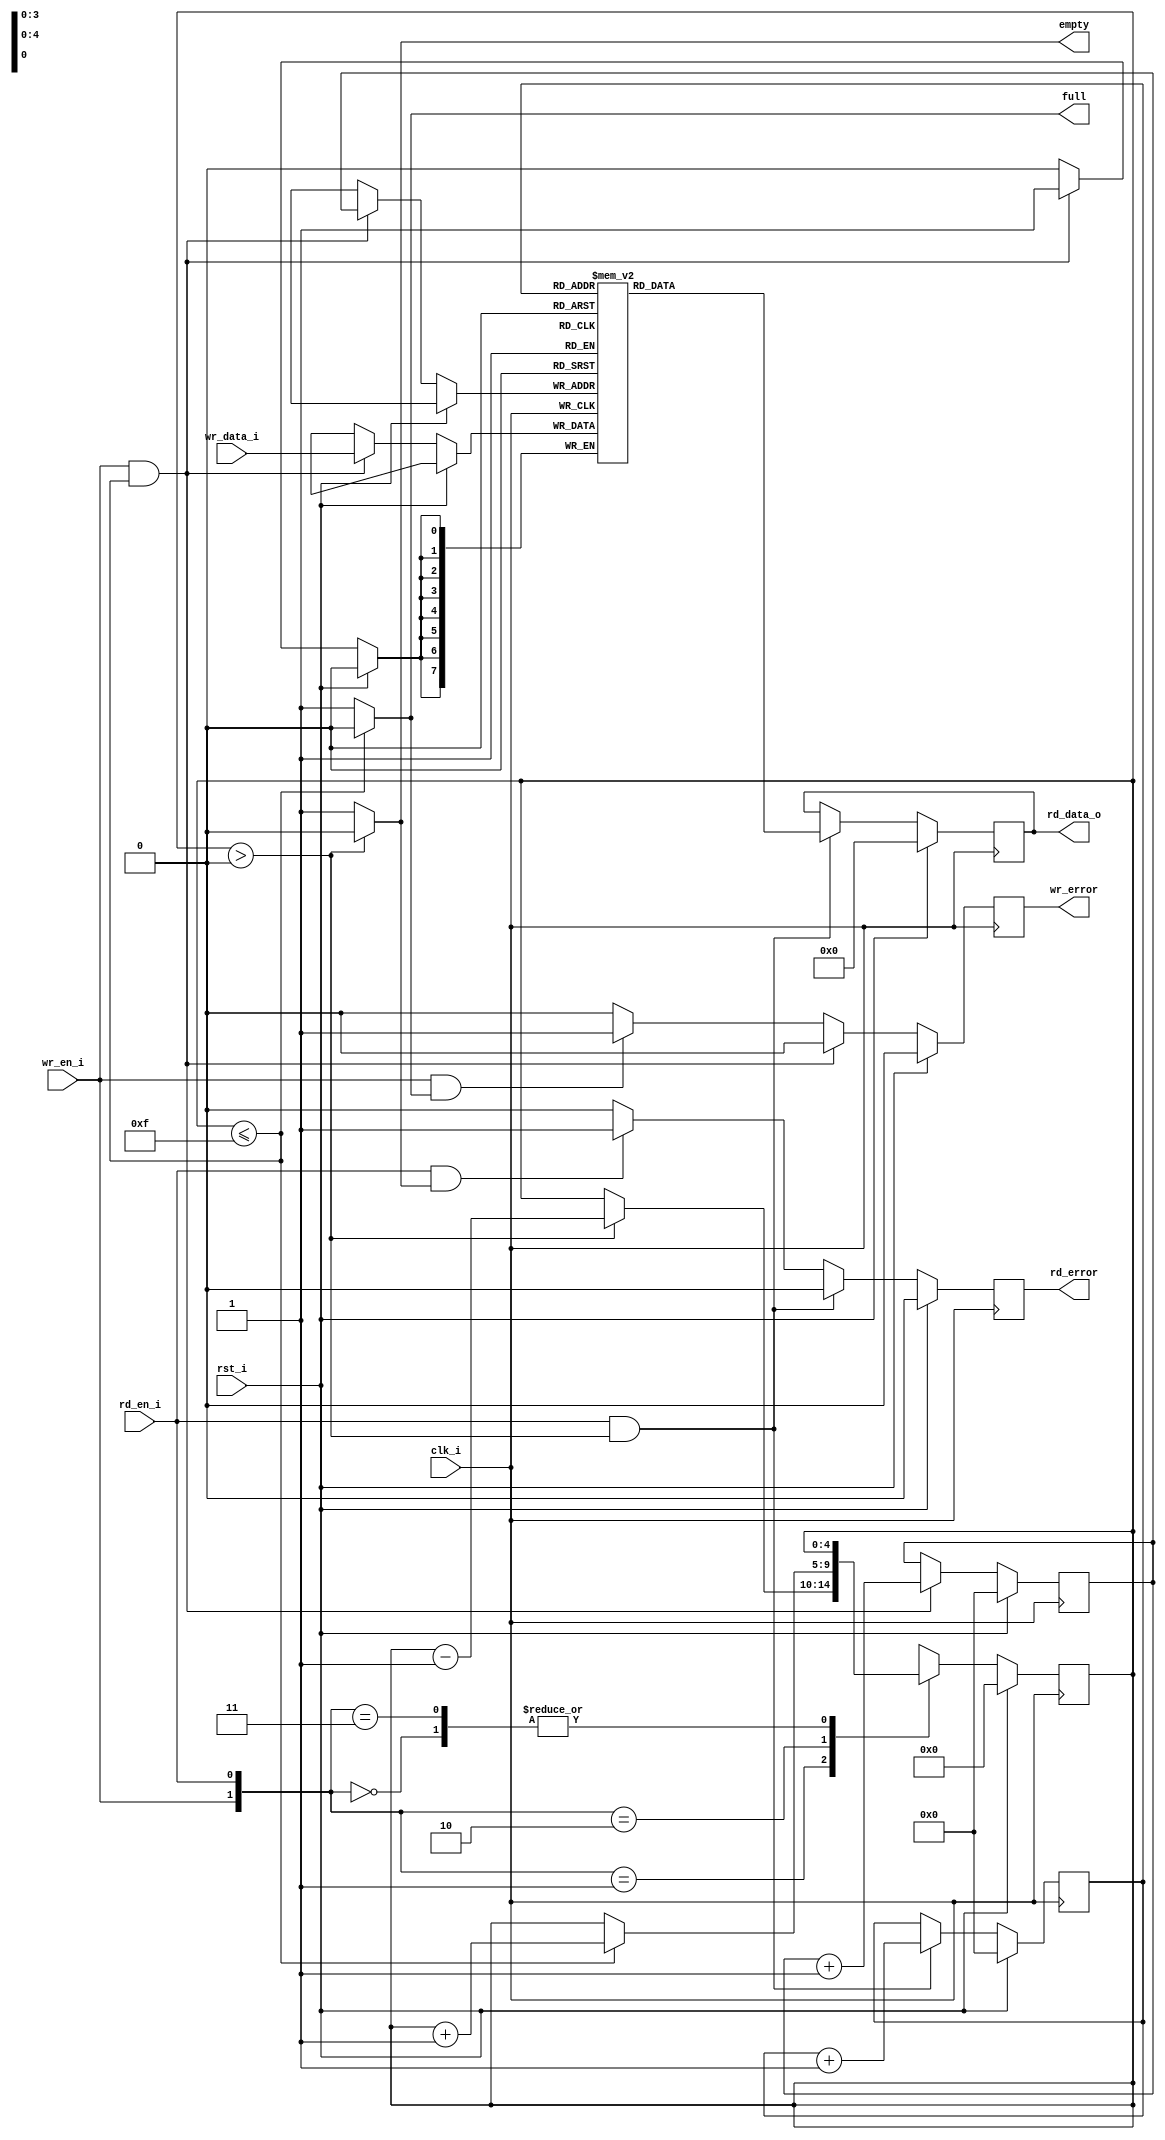
module sync_fifo
    #(
        parameter WIDTH = 8,
        parameter DEPTH = 16,
        parameter PTR_WIDTH = 4
    )
    (
        input wire clk_i,
        input wire rst_i,

        input wire wr_en_i,
        input wire [WIDTH-1:0] wr_data_i,

        input wire rd_en_i,
        output reg [WIDTH-1:0] rd_data_o,

        output reg full,
        output reg empty,
        output reg wr_error,
        output reg rd_error
    
    );

    reg [PTR_WIDTH-1:0] wr_ptr;
    reg [PTR_WIDTH-1:0] rd_ptr;
    reg [PTR_WIDTH:0] counter;

    //reg wr_rollover;
    //reg rd_rollover;

    reg [WIDTH-1:0] mem [DEPTH-1:0];

    assign full = (counter <= DEPTH-1) ? 0 : 1;
    assign empty = (counter > 0) ? 0 : 1;

    //write
    always @ (posedge clk_i) begin
        if(rst_i == 1) begin
            wr_ptr <= 0;
            wr_error <= 0;
        end

        else begin
            
            if(wr_en_i == 1 && full == 0) begin
                mem[wr_ptr] <= wr_data_i;
                wr_ptr <= wr_ptr + 1;
                wr_error <= 0;
            end
            
            else if(wr_en_i == 1 && full == 1)
               wr_error <= 1;

            else
                wr_error <= 0; 
        end
    end

    //read
    always @ (posedge clk_i) begin
        if(rst_i == 1) begin
            rd_data_o <= 0;
            rd_ptr <= 0;
            rd_error <= 0;
        end

        else begin
            if(rd_en_i == 1 && empty == 0) begin
                rd_data_o <= mem[rd_ptr];
                rd_ptr <= rd_ptr + 1;
                rd_error <= 0;
            end

            else if(rd_en_i == 1 && empty == 1) begin
                rd_error <= 1;
            end

            else
                rd_error <= 0;

        end
    end

    //counter
    always @ (posedge clk_i) begin
        if(rst_i == 1) begin
            counter <= 0;
        end

        else begin
            case({wr_en_i,rd_en_i})
                2'b00 : counter <= counter;
                2'b01 : begin
                    if(empty == 0)
                        counter <= counter - 1;
                    else
                        counter <= counter;
                end
                2'b10 : begin
                    if(full == 0)
                        counter <= counter + 1;
                    else
                        counter <= counter;
                end 
                2'b11 : begin
                    counter <= counter;
                end
                default: counter <= 0;
            endcase
        end
    end
endmodule